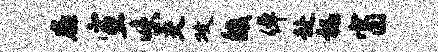
扉宣味交攻馥倬赴祸窗